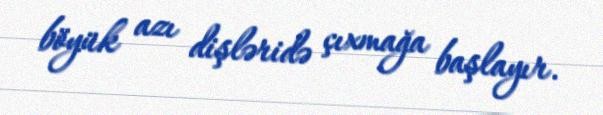
böyük azı dişləridə çıxmağa başlayır.